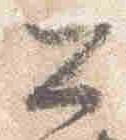
公